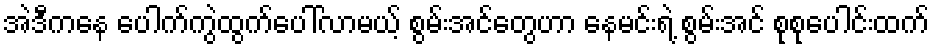
အဲဒီကနေ ပေါက်ကွဲထွက်ပေါ်လာမယ့် စွမ်းအင်တွေဟာ နေမင်းရဲ့ စွမ်းအင် စုစုပေါင်းထက်